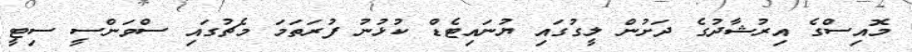
މޮއިސްގެ އިރުޝާދުގެ ދަށުން ލީގުގައި ޔުނައިޓެޑް ކުޅުނު ފުރަތަމަ މެޗުގައި ސްވަންސީ ސިޓީ